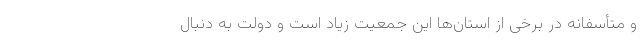
و متأسفانه در برخی از استان‌ها این جمعیت زیاد است و دولت به دنبال